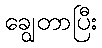
ချွေတာပြီး